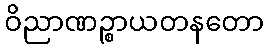
ဝိညာဏဉ္စာယတနတော